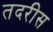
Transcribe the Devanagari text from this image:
तदरीस